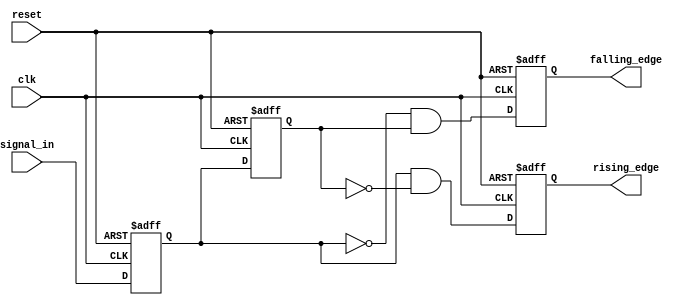
module glitch_free_edge_detector (
    input wire clk,            // Clock signal
    input wire reset,          // Asynchronous reset signal
    input wire signal_in,      // Input signal to detect edges
    output reg rising_edge,     // Output signal for rising edge detection
    output reg falling_edge     // Output signal for falling edge detection
);

    reg current_state;         // Register to hold the current state of the input signal
    reg prev_state;            // Register to hold the previous state of the input signal

    // Process that updates the states on the clock edge
    always @(posedge clk or posedge reset) begin
        if (reset) begin
            // Asynchronous reset
            current_state <= 1'b0;
            prev_state <= 1'b0;
            rising_edge <= 1'b0;
            falling_edge <= 1'b0;
        end else begin
            // Update states
            prev_state <= current_state;  // Store previous state
            current_state <= signal_in;    // Update current state
            
            // Edge detection logic
            rising_edge <= (current_state && ~prev_state); // Rising edge detected
            falling_edge <= (~current_state && prev_state); // Falling edge detected
        end
    end

endmodule